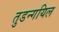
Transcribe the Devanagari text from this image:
तुडन्गयिल